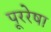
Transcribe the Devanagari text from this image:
पूररेषा